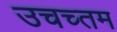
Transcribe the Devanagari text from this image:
उचच्तम